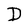
Character: D